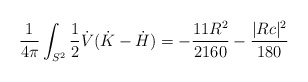
\begin{align*}\frac{1}{4\pi} \int_{S^2} \frac{1}{2}\dot V(\dot K - \dot H) = -\frac{11R^2}{2160} - \frac{|Rc|^2}{180}\end{align*}